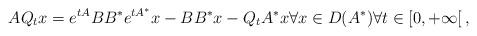
LaTeX: \begin{align*}AQ_t x = e^{tA}BB^* e^{tA^*}x - BB^*x - Q_tA^*x \forall x\in D(A^*) \forall t \in[0,+\infty[\,,\end{align*}